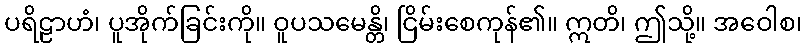
ပရိဠာဟံ၊ ပူအိုက်ခြင်းကို။ ဝူပသမေန္တိ၊ ငြိမ်းစေကုန်၏။ ဣတိ၊ ဤသို့။ အဝေါစ၊